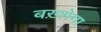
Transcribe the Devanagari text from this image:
बख़्शेगा